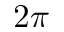
2 \pi